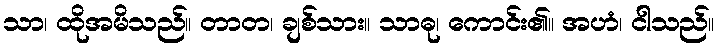
သာ၊ ထိုအမိသည်။ တာတ၊ ချစ်သား။ သာဓု၊ ကောင်း၏။ အဟံ၊ ငါသည်။